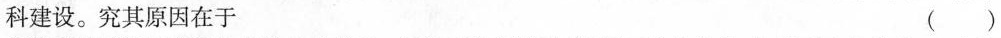
科建设。究其原因在于 ()